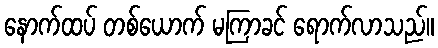
နောက်ထပ် တစ်ယောက် မကြာခင် ရောက်လာသည်။